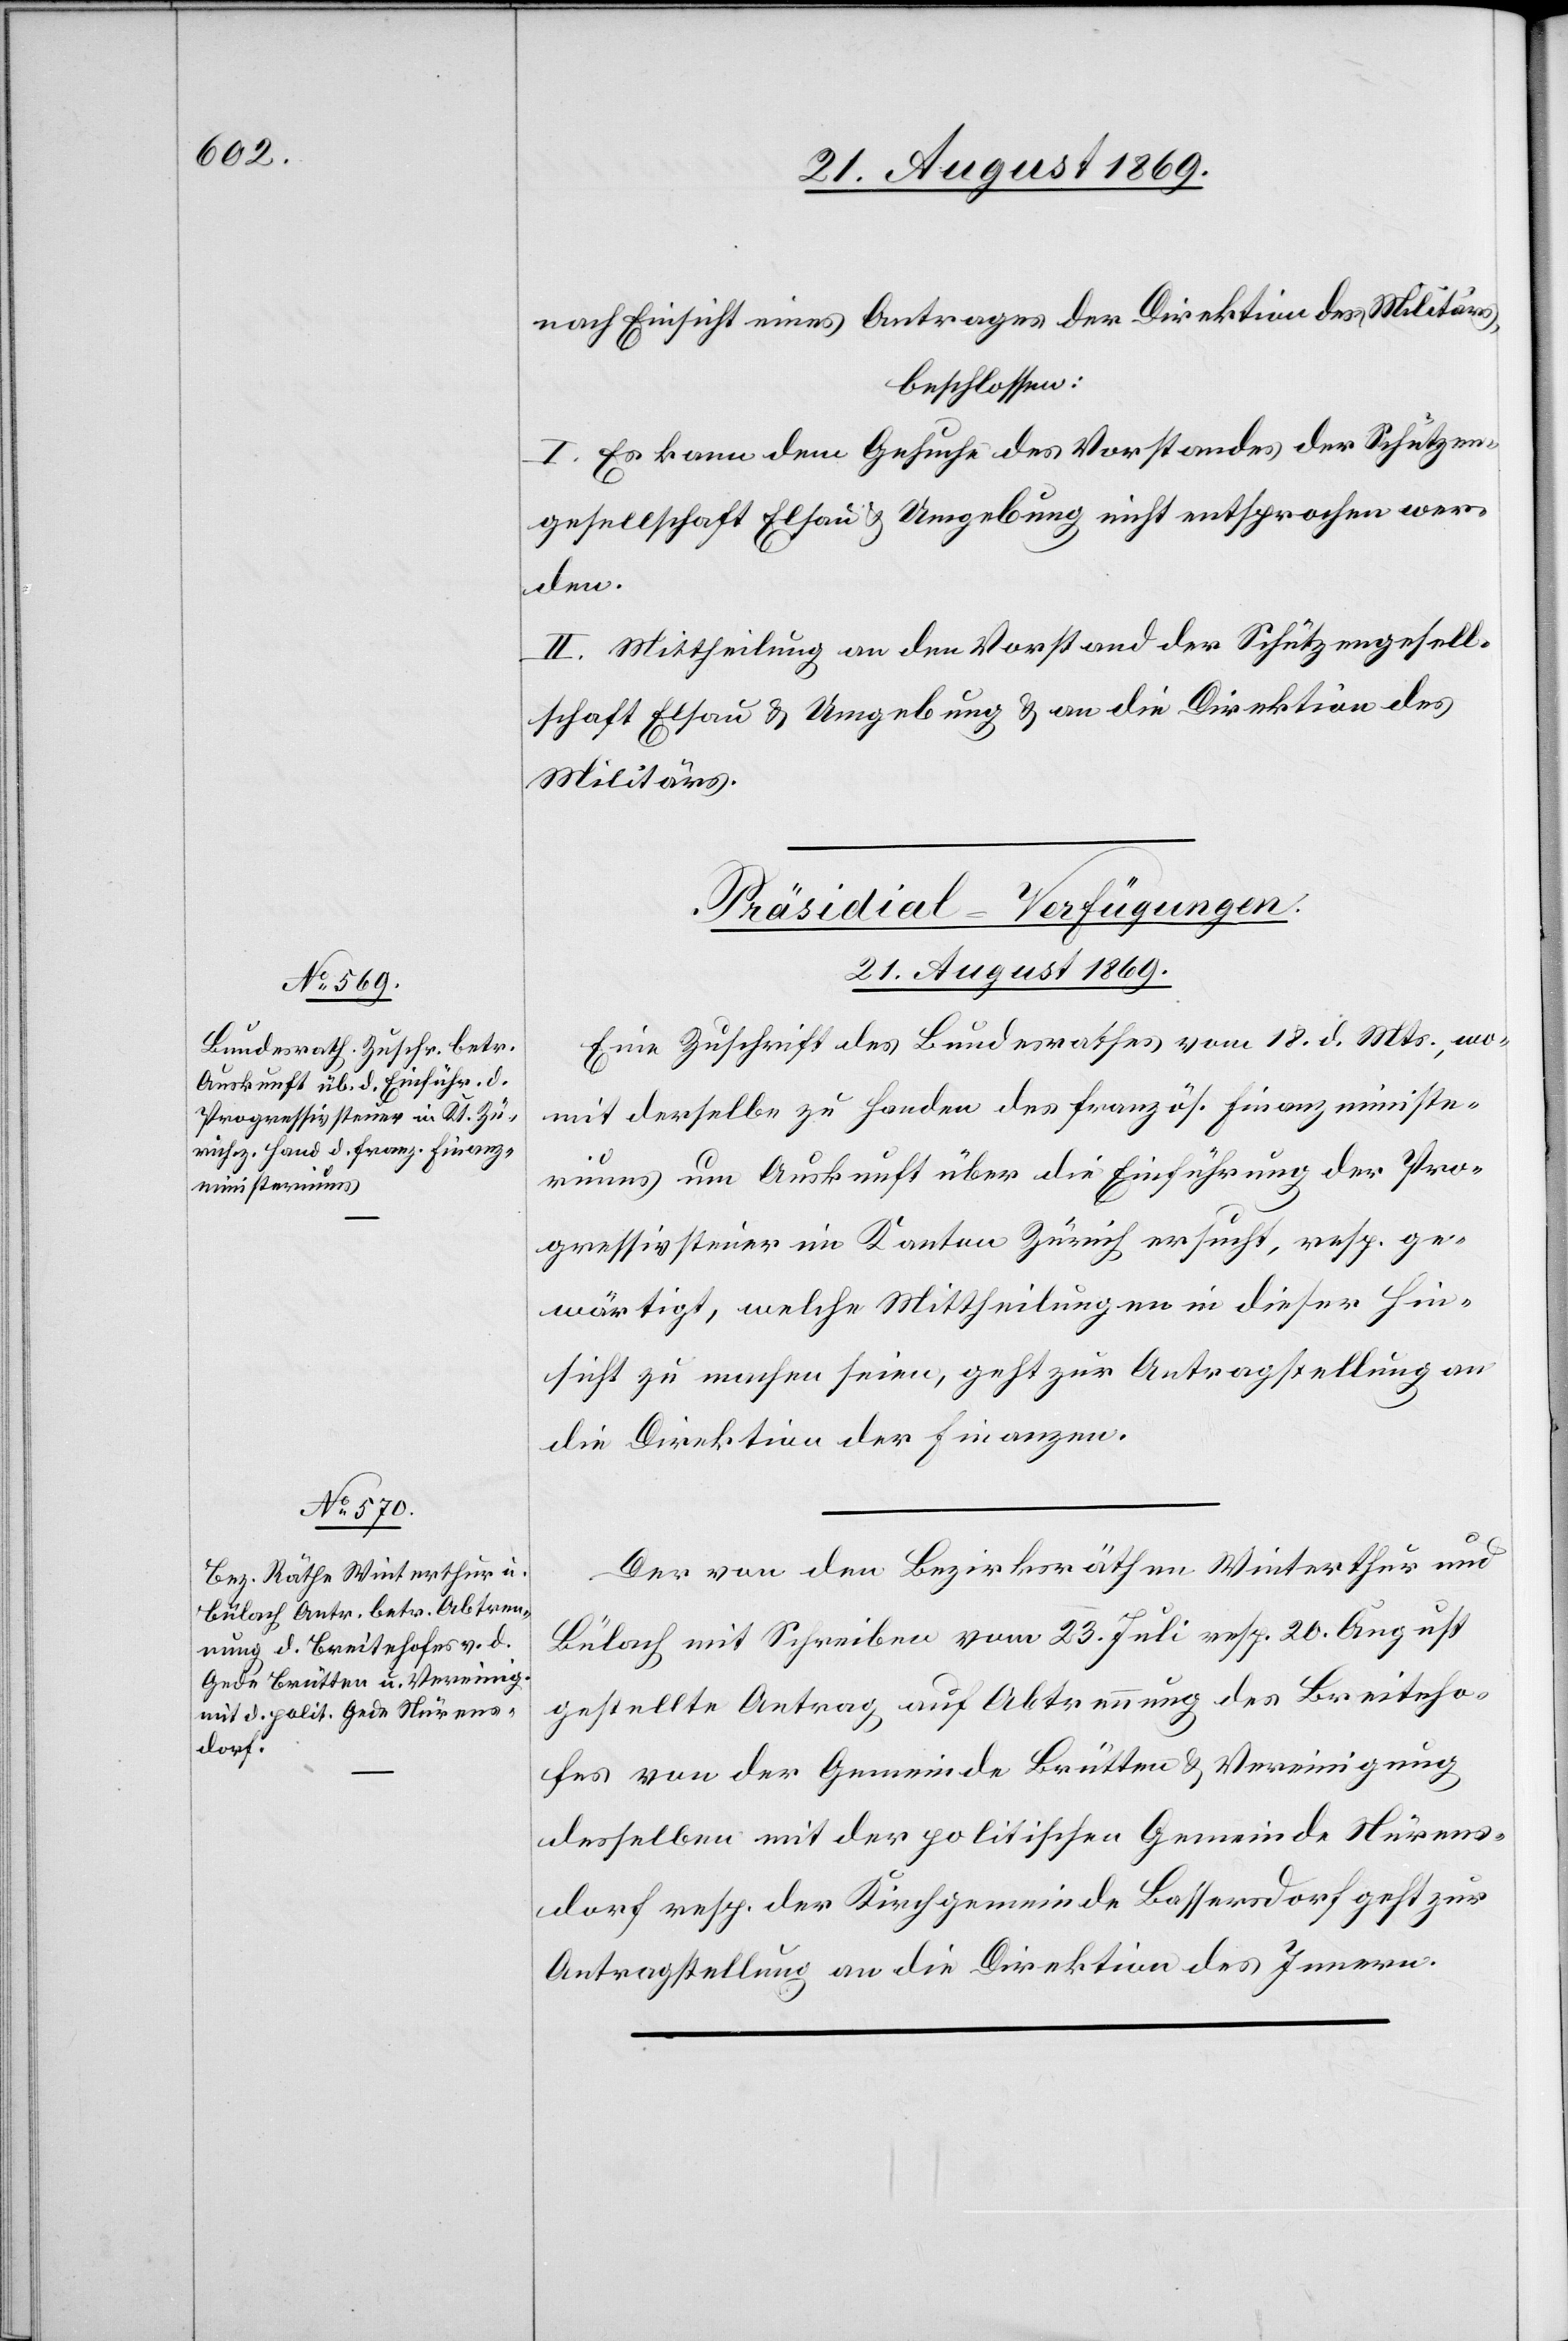
nach Einsicht eines Antrages der Direktion des Militärs,
beschlossen:
I. Es kann dem Gesuche des Vorstandes der Schützen¬
gesellschaft Elsau & Umgebung nicht entsprochen wer¬
den.
II. Mittheilung an den Vorstand der Schützengesell¬
schaft Elsau & Umgebung & an die Direktion des
Militärs.
[Präsidial-Verfügungen.
21. August 1869.]
Eine Zuschrift des Bundesrathes vom 18. d. Mts., wo¬
mit derselbe zu Handen des französ. Finanzministe¬
riums um Auskunft über die Einführung der Pro¬
gressivsteuer im Kanton Zürich ersucht, resp. ge¬
wärtigt, welche Mittheilungen in dieser Hin¬
sicht zu machen seien, geht zur Antragstellung an
die Direktion der Finanzen.
Der von den Bezirksräthen Winterthur und
Bülach mit Schreiben vom 23. Juli resp. 20. August
gestellte Antrag auf Abtrennung des Breiteho¬
fes von der Gemeinde Brütten & Vereinigung
desselben mit der politischen Gemeinde Nürens¬
dorf resp. der Kirchgemeinde Bassersdorf geht zur
Antragstellung an die Direktion des Innern.